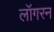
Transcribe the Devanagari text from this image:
लॉगरन